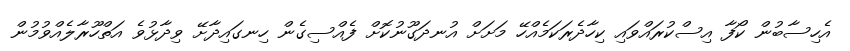
އެހިސާބުން ކޯފާ އިސްކުރައްވައި ކިހާދެރަކަމެއްހޭ މަށަށް އުނދަގޫނުކޮށް ފެއްސިގެން ހިނގައިދާށޭ ވިދާޅުވެ އަތްހޫރާލެއްވުމުން